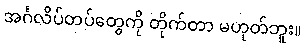
အင်္ဂလိပ်တပ်တွေကို တိုက်တာ မဟုတ်ဘူး။